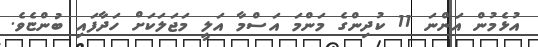
އުޅެމުން އަންނަ 11 ކުދިންގެ މަންމަ އަސްމާ އަލީ މަޖަލަކަށް ހަދާފައި ބުންޏެވެ.